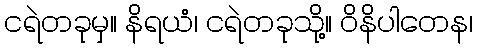
ငရဲတခုမှ။ နိရယံ၊ ငရဲတခုသို့။ ဝိနိပါတေန၊